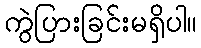
ကွဲပြားခြင်းမရှိပါ။